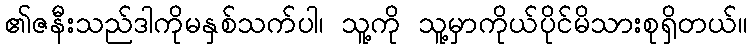
၏ဇနီးသည်ဒါကိုမနှစ်သက်ပါ၊ သူ့ကို သူ့မှာကိုယ်ပိုင်မိသားစုရှိတယ်။